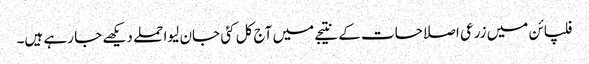
فلپائن میں زرعی اصلاحات کے نتیجے میں آج کل کئی جان لیوا حملے دیکھے جا رہے ہیں۔